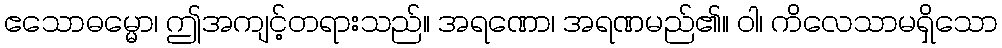
ဧသောဓမ္မော၊ ဤအကျင့်တရားသည်။ အရဏော၊ အရဏမည်၏။ ဝါ၊ ကိလေသာမရှိသော